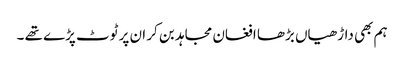
ہم بھی داڑھیاں بڑھا افغان مجاہد بن کر ان پر ٹوٹ پڑے تھے ۔